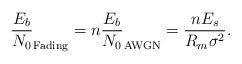
LaTeX: \begin{align*}\frac{E_b}{N_0}_{\mathrm{Fading}} = n \frac{E_b}{N_0}_{\mathrm{AWGN}} = \frac{nE_s}{R_m\sigma^2}.\end{align*}